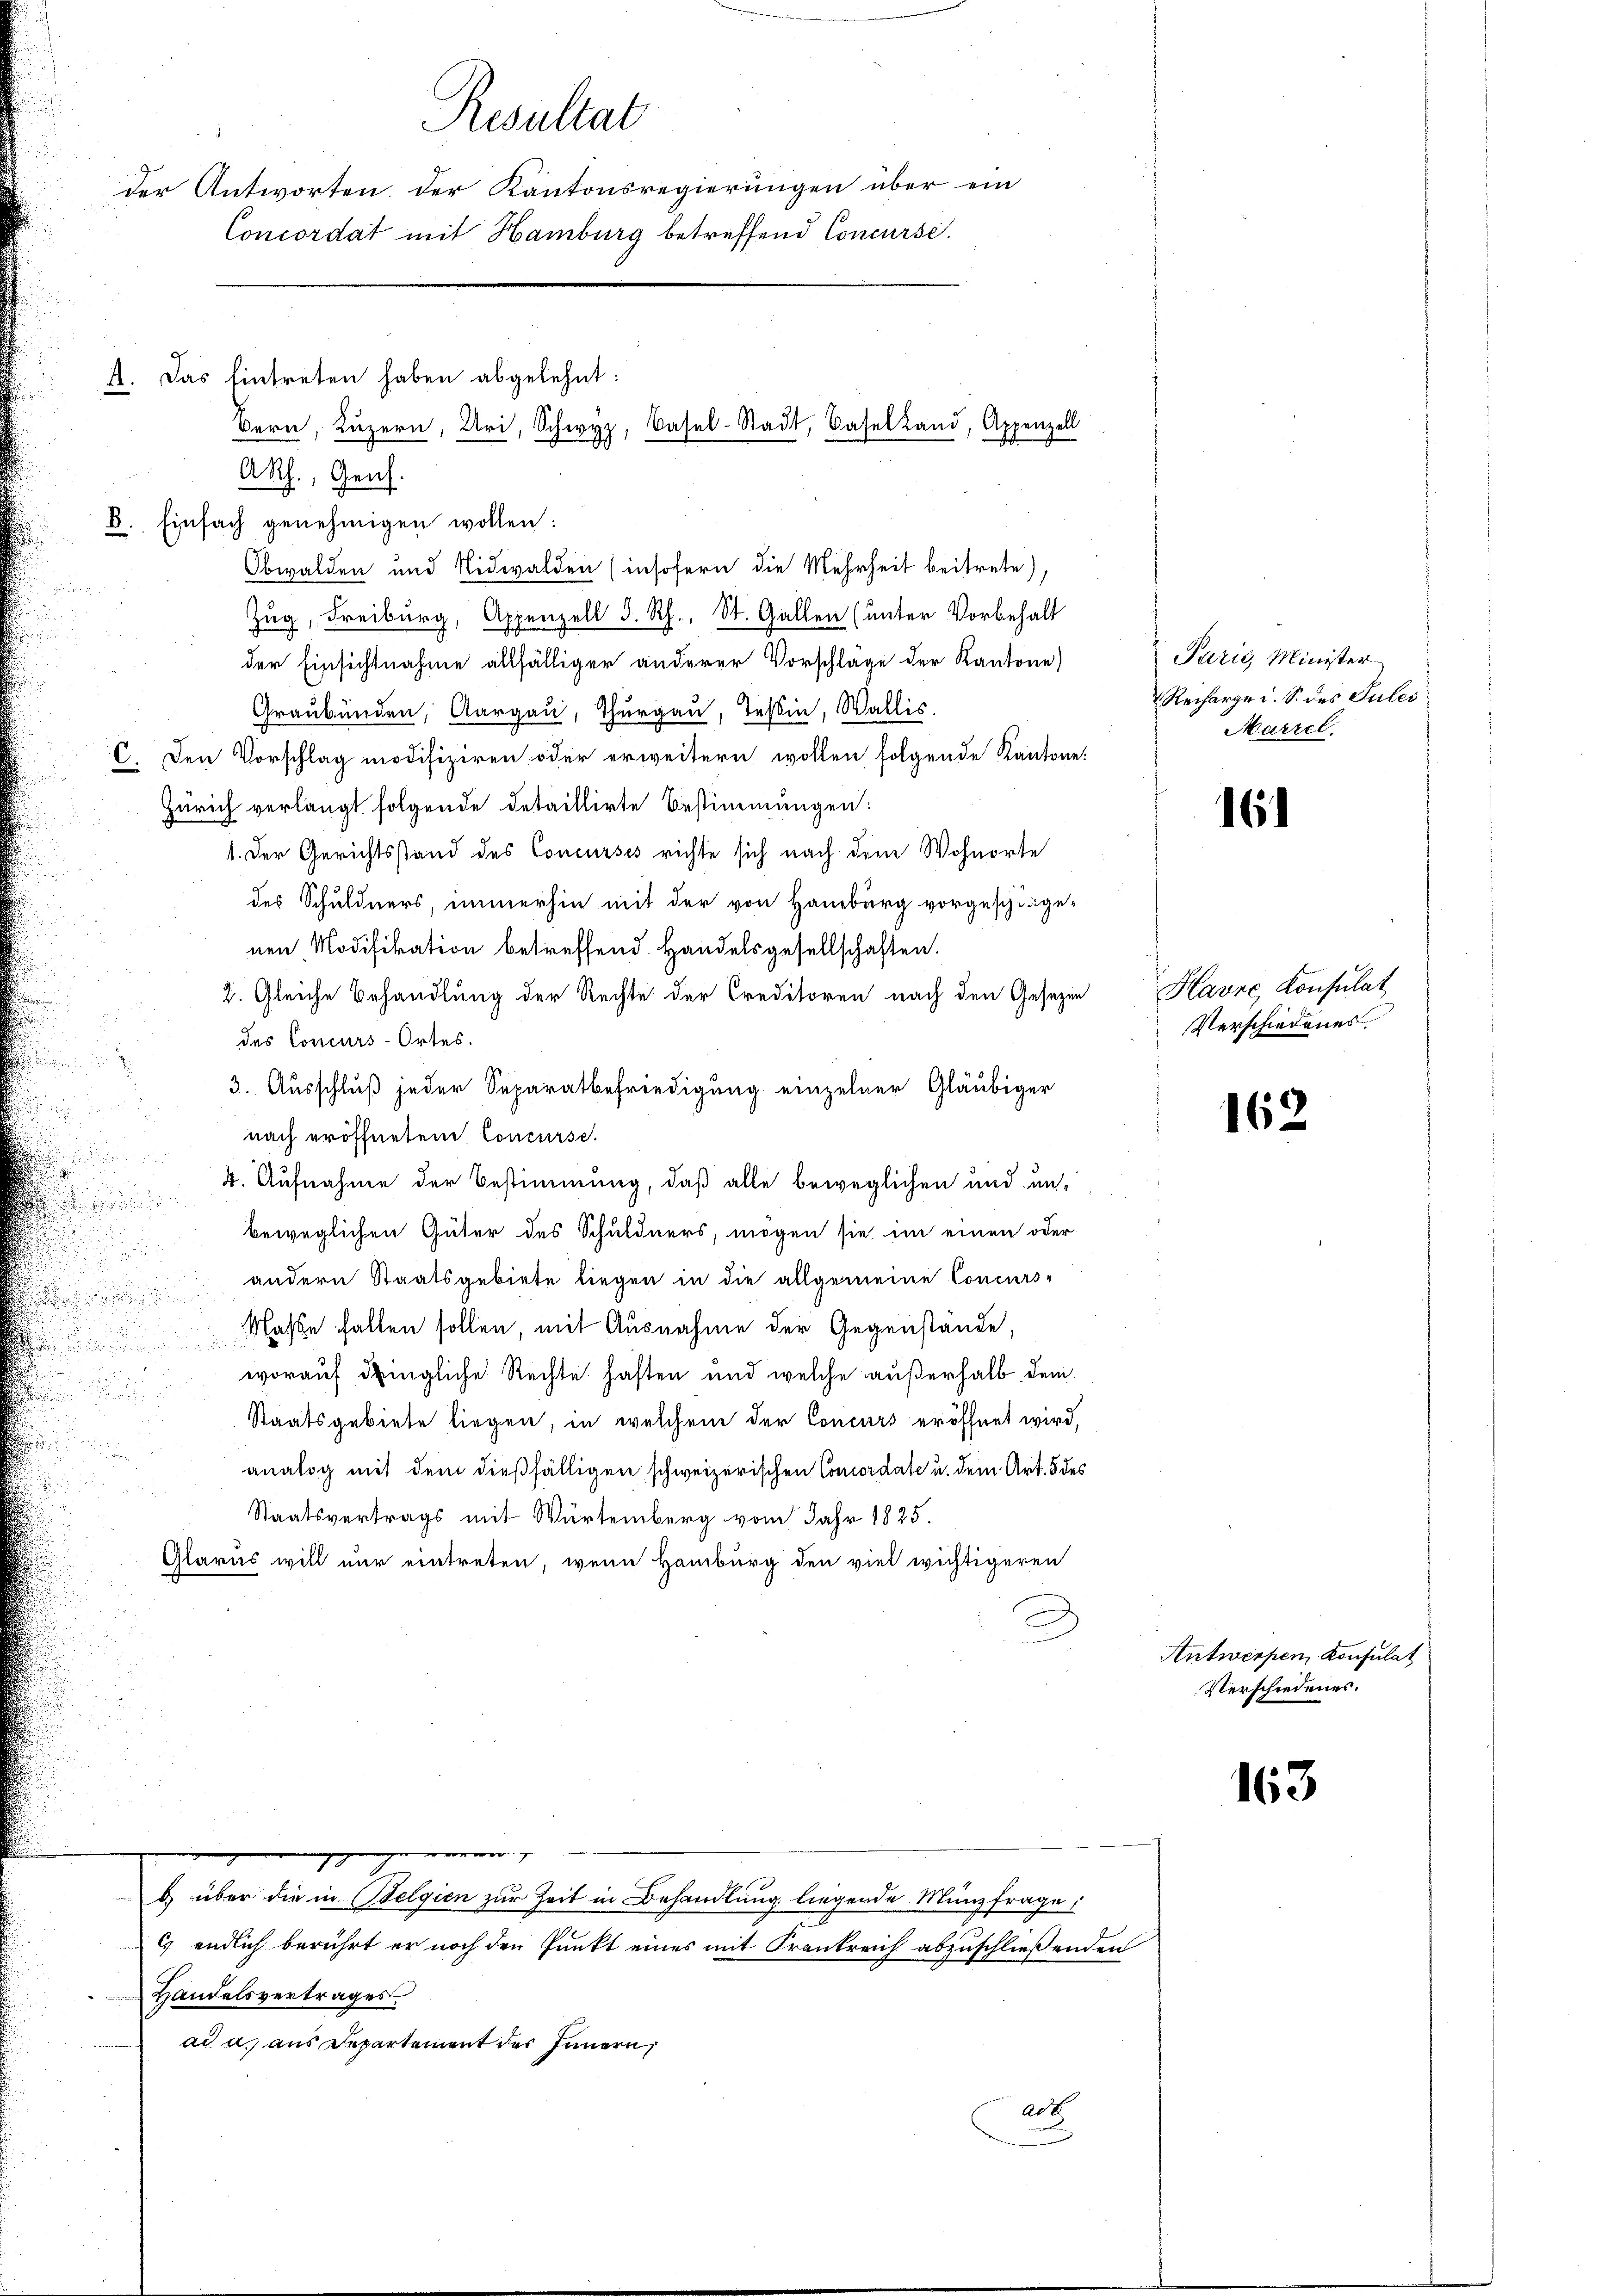
Resultat
der Antworten der Kantonsregierungen über ein
Concordat mit Hamburg betreffend Concurse.
A. Das Eintreten haben abgelehnt:
Bern, Luzern, Uri, Schwyz, Basel-Stadt, Basel Land, Appenzell
ARh., Genf.

8. Einfach genehmigen wollen:
Obwalden und Nidwalden (insofern die Mehrheit beitrete),
Zug, Freiburg, Appenzell d. Rh., St. Gallen (unter Vorbehalt
der Einsichtnahme allfälliger anderer Vorschlage der Kantone)
Graubünden, Aargau, Thurgau, Teßin, Wallis.
C. Den Vorschlag modifiziren oder erweitern wollen folgende Kantone:
Zürich verlangt folgende detaillirte Bestimmungen:
1. Der Gerichtsstand des Concurses richte sich nach dem Wohnorte
des Schuldners, immerhin mit der von Hamburg vorgeschinge-
nen Modifikation betreffend. Handelsgesellschaften.
2. Gleiche Behandlung der Rechte der Creditoren nach den Gesezen
des Concurs-Ortes.
3. Ausschluß jeder Separatbefriedigung einzelner Gläubiger
nach eröffneten Concurse.
4. Aufnahme der Bestimmung, daß alle beweglichen und un-
beweglichen Güter des Schuldners, mögen sie im einen oder
andern Staatsgebiete liegen in die allgemeine Concurs-
Nasse fallen sollen, mit Ausnahme der Gegenstände,
worauf dringliche Rechte haften und welche außerhalb dem
Staatsgebiete liegen, in welchem der Concurs eröffnet wird,
analog mit dem dießfälligen schweizerischen Concordate u. dem Art. 5 des
Staatsvertrags mit Würtemberg vom Jahr 1825.
Glarus will nur eintreten, wenn Hamburg den viel wichtigeren

endlich berührt er noch den Punkt eines mit Krankreich abzuschließenden
Handelsvertrages.
ad a. aus Departement des Innern,

gegger
b) über die in Belgien zur Zeit in Behandlung liegende Münzfrage:

act

Paris, Minister
Recharge i. S. des Sules
Marzel.

16

Havre, Konsulat
Verschiedenes

162

Antwerpen Konsulat
Verschiedenes.

163